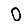
Digit: 0